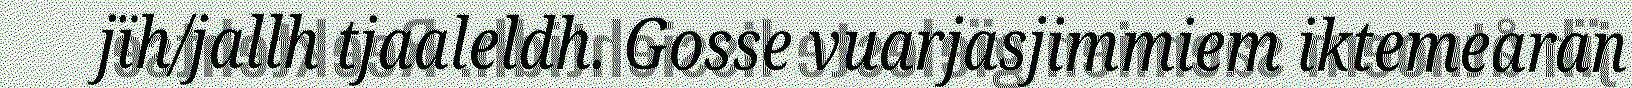
jïh/jallh tjaaleldh. Gosse vuarjasjimmiem iktemearan